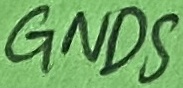
Text: GNDS